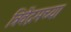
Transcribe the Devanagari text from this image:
त्रिवेंद्रमच्या